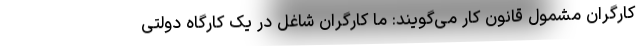
کارگران مشمول قانون کار می‌گویند: ما کارگران شاغل در یک کارگاه دولتی